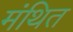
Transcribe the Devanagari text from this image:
मंथित